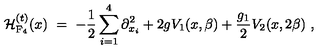
{ \cal H } _ { \mathrm { F _ { 4 } } } ^ { ( t ) } ( x ) \ = \ - \frac { 1 } { 2 } \sum _ { i = 1 } ^ { 4 } \partial _ { x _ { i } } ^ { 2 } + 2 g V _ { 1 } ( x , \beta ) + \frac { g _ { 1 } } { 2 } V _ { 2 } ( x , 2 \beta ) \ ,